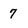
Character: 7